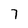
Character: 7